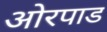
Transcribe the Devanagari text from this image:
ओरपाड